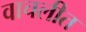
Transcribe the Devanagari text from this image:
वाचलीत